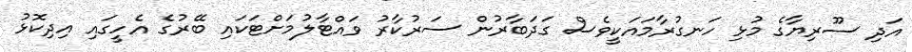
އަދި ސޫރިޔާގެ މުޅި ހަނގުރާމައަކީވެސް ގަދަބާރުން ސަރުކާރު ވައްޓާލުމަށްޓަކައި ބޭރުގެ އެހީގައި އިދިކޮޅު